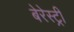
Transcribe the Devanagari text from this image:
बेरेस्ट्री